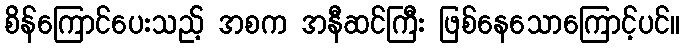
စိန်ကြောင်ပေးသည့် အစက အနီဆင်ကြီး ဖြစ်နေသောကြောင့်ပင်။